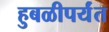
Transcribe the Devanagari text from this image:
हुबळीपर्यंत